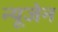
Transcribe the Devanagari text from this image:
न्यूजेन